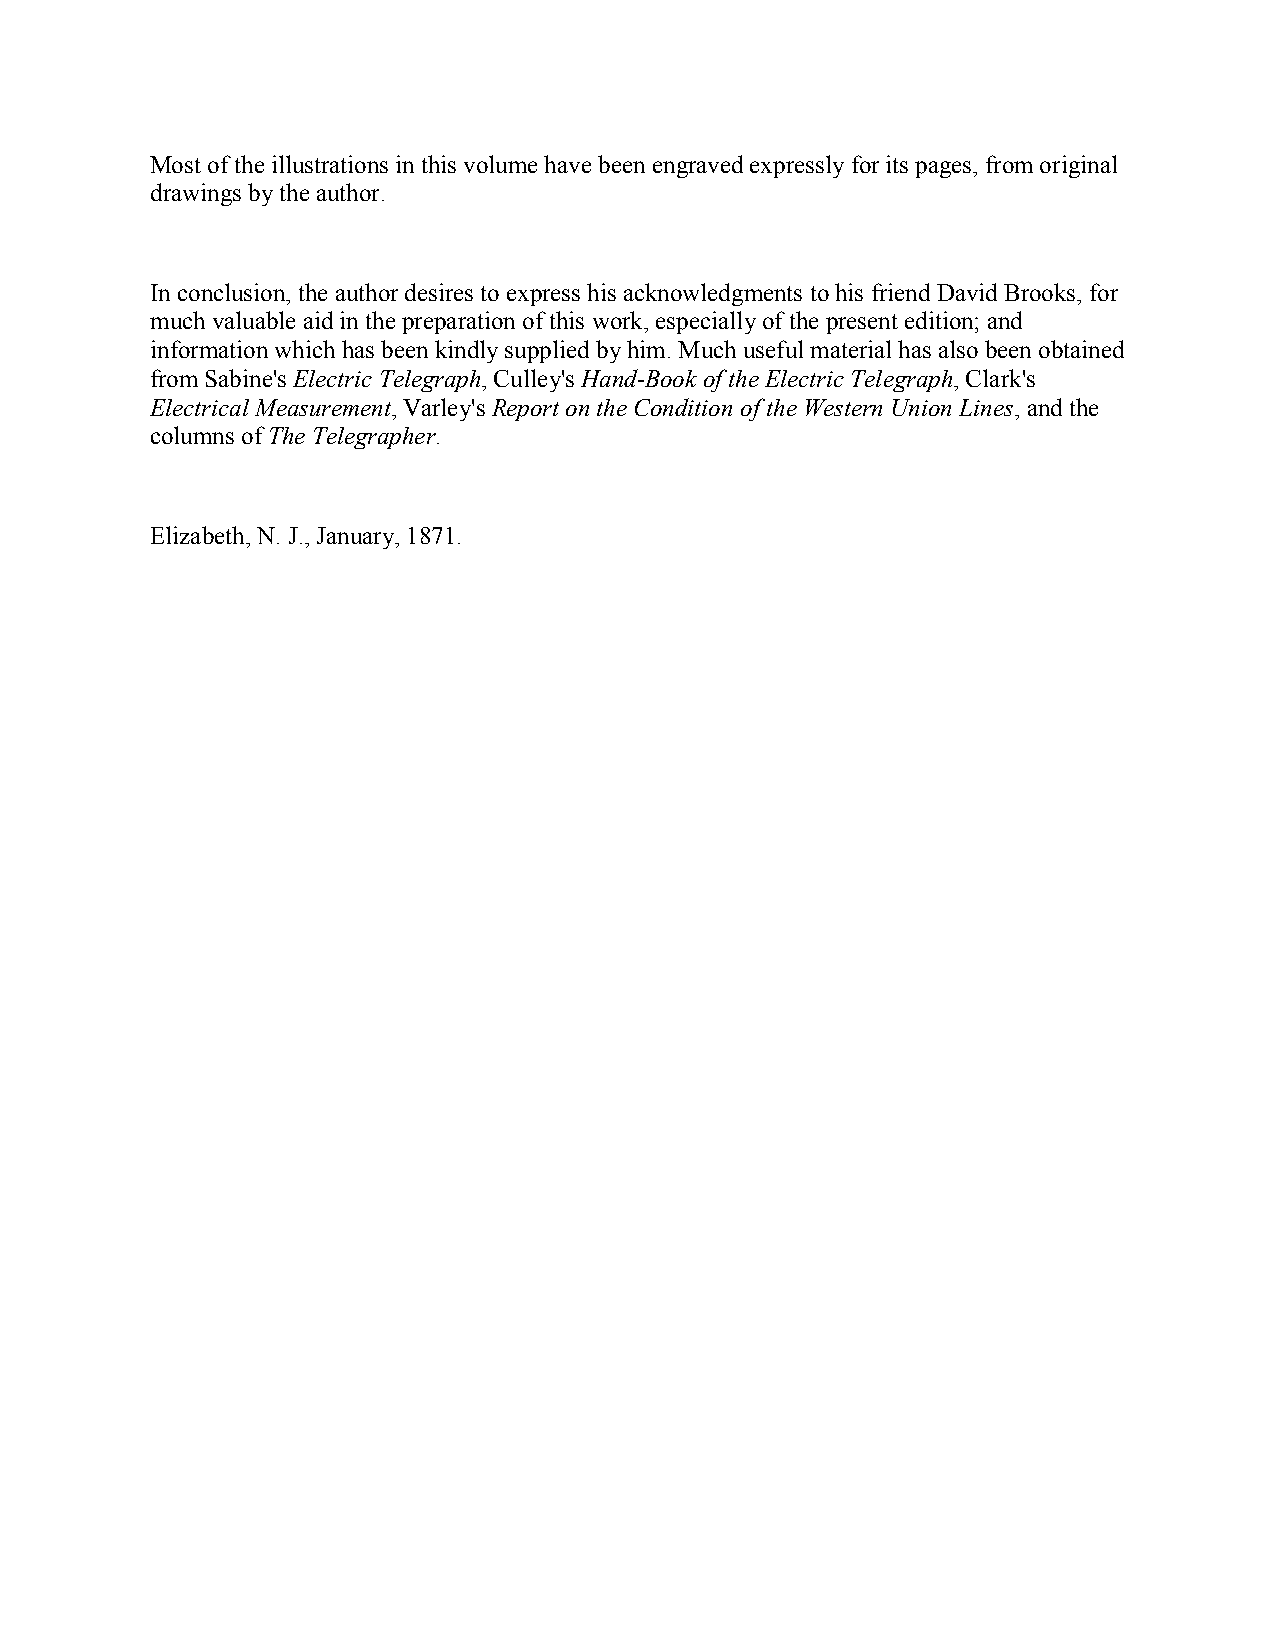
Most of the illustrations in this volume have been engraved expressly for its pages, from original
 drawings by the author.
 In conclusion, the author desires to express his acknowledgments to his friend David Brooks, for
 much valuable aid in the preparation of this work, especially of the present edition; and
 information which has been kindly supplied by him. Much useful material has also been obtained
 from Sabine's Electric Telegraph, Culley's Hand-Book of the Electric Telegraph, Clark's
 Electrical Measurement, Varley's Report on the Condition of the Western Union Lines, and the
 columns of The Telegrapher.
 Elizabeth, N. J., January, 1871.